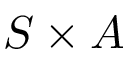
S \times A